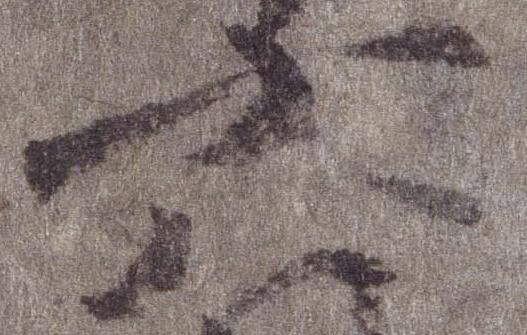
六